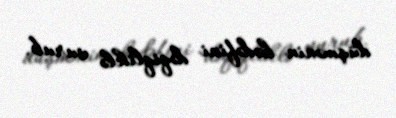
düşmənin hədəfini dəqiqliklə vurub.